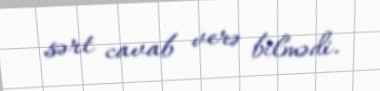
sərt cavab verə bilmədi.